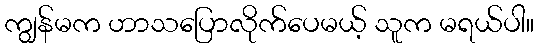
ကျွန်မက ဟာသပြောလိုက်ပေမယ့် သူက မရယ်ပါ။